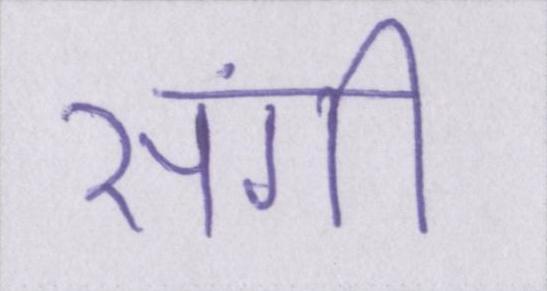
संगी